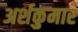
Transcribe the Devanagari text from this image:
अर्शकुमार